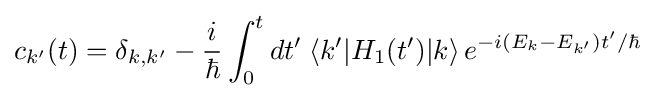
c_{k'}(t)=\delta _{k,k'}-{\frac {i}{\hbar }}\int _{0}^{t}dt'\;\langle k'|H_{1}(t')|k\rangle \,e^{-i(E_{k}-E_{k'})t'/\hbar }